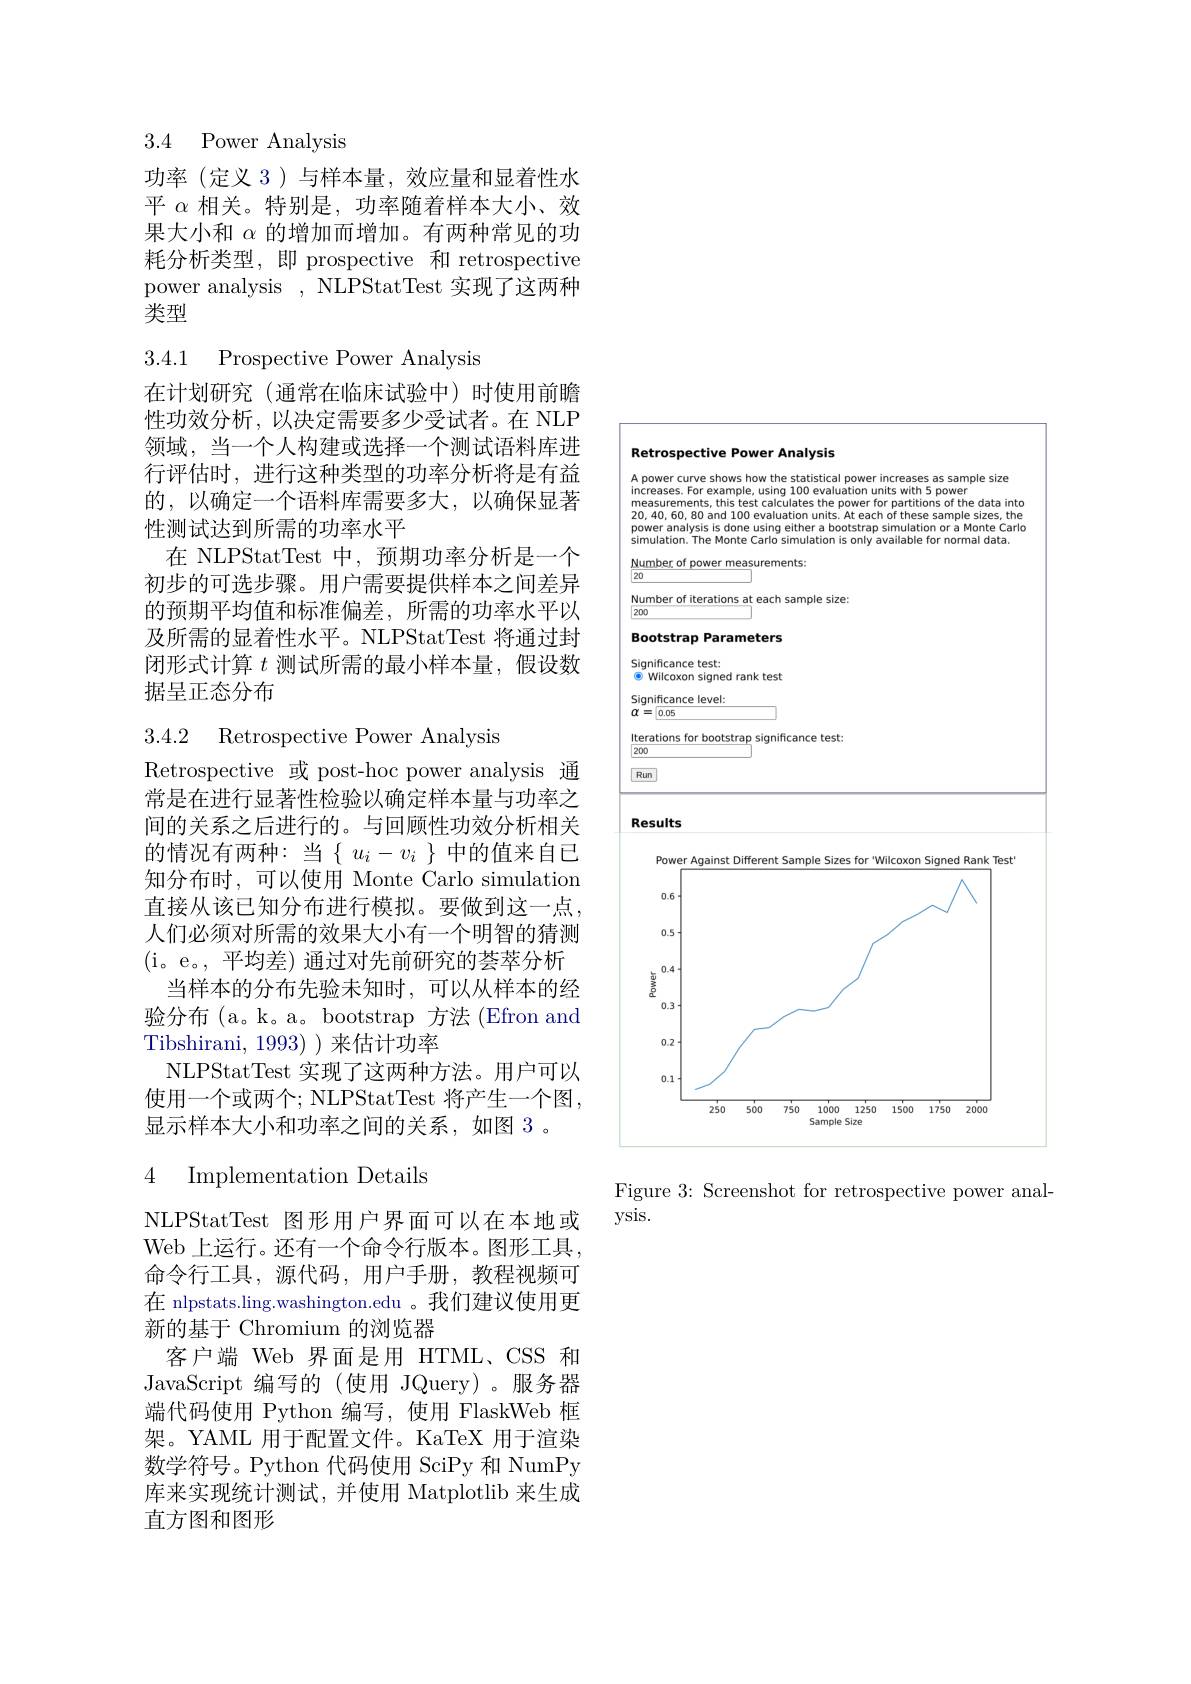
## 3.4 Power Analysis

功率(定义 3)与样本量，效应量和显着性水平$\alpha$相关。特别是，功率随着样本大小、效果大小和$\alpha$的增加而增加。有两种常见的功耗分析类型，即 prospective 和 retrospective power analysis , NLPStatTest 实现了这两种类型

3.4.1 Prospective Power Analysis

在计划研究(通常在临床试验中)时使用前瞻性功效分析，以决定需要多少受试者。在 NLP 领域，当一个人构建或选择一个测试语料库进行评估时，进行这种类型的功率分析将是有益的，以确定一个语料库需要多大，以确保显著性测试达到所需的功率水平
在 NLPStatTest 中，预期功率分析是一个初步的可选步骤。用户需要提供样本之间差异的预期平均值和标准偏差，所需的功率水平以及所需的显着性水平。NLPStatTest 将通过封闭形式计算$t$测试所需的最小样本量，假设数据呈正态分布

3.4.2 Retrospective Power Analysis

Retrospective 或 post-hoc power analysis 通常是在进行显著性检验以确定样本量与功率之间的关系之后进行的。与回顾性功效分析相关的情况有两种：当$\{u_i-v_i\}$中的值来自已知分布时，可以使用 Monte Carlo simulation 直接从该已知分布进行模拟。要做到这一点， 人们必须对所需的效果大小有一个明智的猜测( i。e。, 平均差) 通过对先前研究的荟萃分析
当样本的分布先验未知时，可以从样本的经验分布(a。k。a。bootstrap 方法(Efron and Tibshirani, 1993) )来估计功率
NLPStatTest 实现了这两种方法。用户可以使用一个或两个；NLPStatTest 将产生一个图， 显示样本大小和功率之间的关系，如图 3 。

### 4 Implementation Details

NLPStatTest 图形用户界面可以在本地或Web 上运行。还有一个命令行版本。图形工具命令行工具，源代码，用户手册，教程视频可在 nlpstats.ling.washington.edu 。我们建议使用更新的基于 Chromium 的浏览器
客户端 Web 界面是用 HTML、CSS 和JavaScript 编写的(使用 JQuery)。服务器端代码使用 Python 编写，使用 FlaskWeb 框架。YAML 用于配置文件。KaTeX 用于渲染数学符号。Python 代码使用 SciPy 和 NumPy 库来实现统计测试，并使用 Matplotlib 来生成直方图和图形

<FigureHere>

Figure 3: Screenshot for retrospective power anal-
ysis.